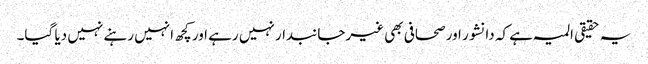
یہ حقیقی المیہ ہے کہ دانشور اور صحافی بھی غیرجانبدار نہیں رہے اور کچھ انہیں رہنے نہیں دیا گیا۔